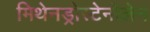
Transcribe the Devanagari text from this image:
मिथेनड्रोस्टेनोलेन